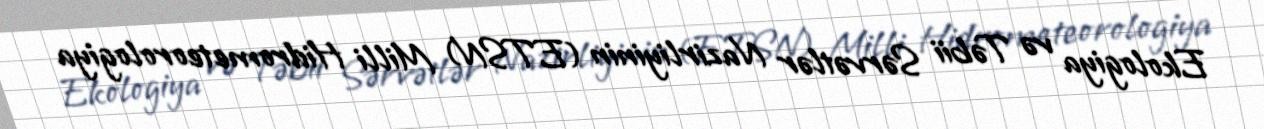
Ekologiya və Təbii Sərvətlər Nazirliyinin (ETSN) Milli Hidrometeorologiya